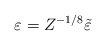
\begin{align*}\varepsilon = Z^{-1/8} \tilde \varepsilon \end{align*}